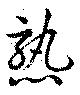
熟